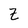
Character: Z